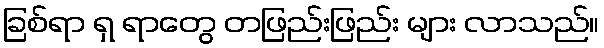
ခြစ်ရာ ရှ ရာတွေ တဖြည်းဖြည်း များ လာသည်။